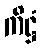
ကိဋ္ဌံ